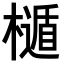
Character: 𣜲